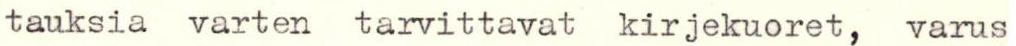
tauksia varten tarvittavat kirjekuoret, varus